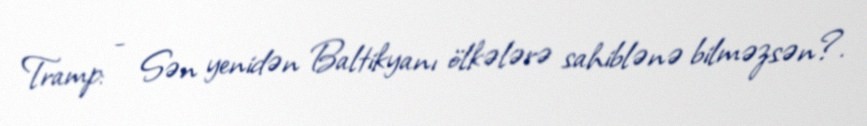
Tramp: - Sən yenidən Baltikyanı ölkələrə sahiblənə bilməzsən?.